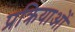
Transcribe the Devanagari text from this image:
प्रक्रियाओं